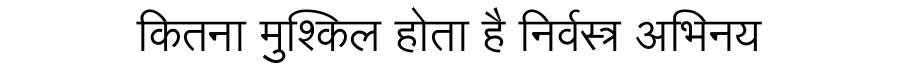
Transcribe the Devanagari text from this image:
कितना मुश्किल होता है निर्वस्त्र अभिनय